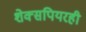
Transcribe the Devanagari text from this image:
शेक्सपियरही